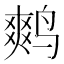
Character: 𮭪